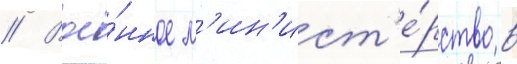
// Вое́нное м'ин'ист'е́рство в